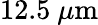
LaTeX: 12.5~\mu\mathrm{m}